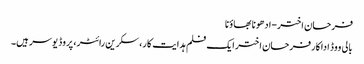
فرحان اختر-ادھونا بھاؤنا
بالی ووڈ اداکارفرحان اختر ایک فلم ہدایت کار، سکرین رائٹر، پروڈ یوسر ہیں۔